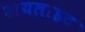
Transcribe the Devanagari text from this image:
हायलाइट